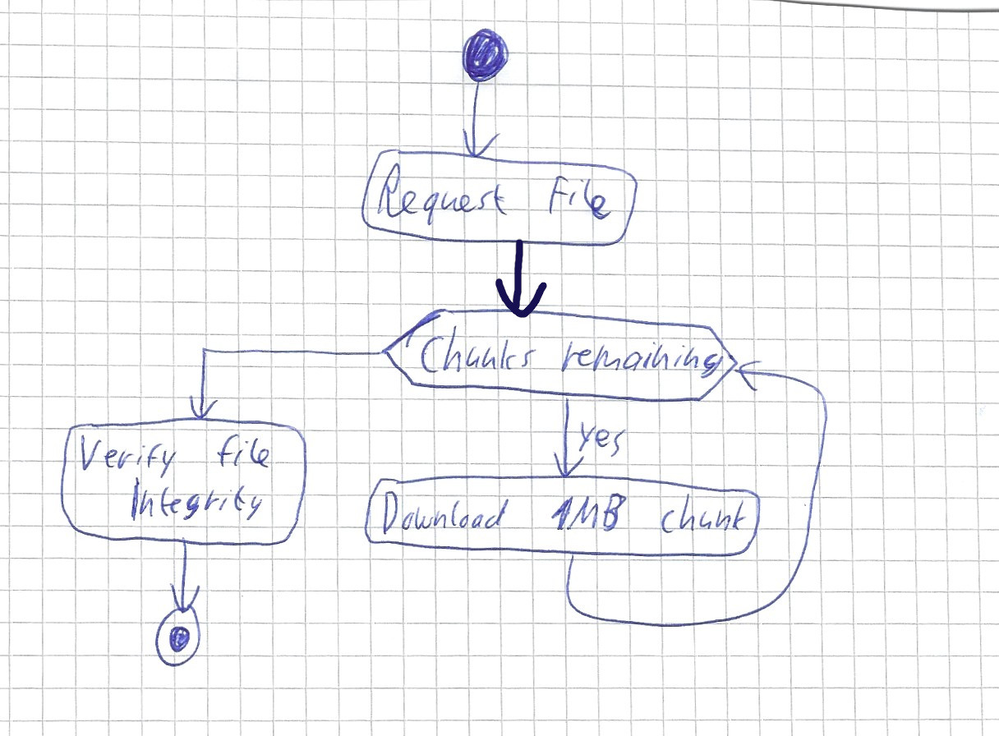
Diagram type: activity_diagram
```plantuml
@startuml

start
:Request File;
while (Chunks remaining?) is (yes)
  :Download 1MB chunk;
endwhile
:Verify File Integrity;
stop

@enduml
```